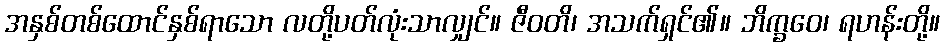
အနှစ်တစ်ထောင်နှစ်ရာသော လတို့ပတ်လုံးသာလျှင်။ ဇီဝတိ၊ အသက်ရှင်၏။ ဘိက္ခဝေ၊ ရဟန်းတို့။